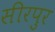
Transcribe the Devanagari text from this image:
सीरपुर